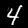
Label: 4